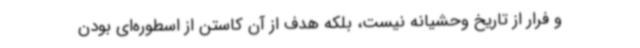
و فرار از تاریخ وحشیانه نیست، بلکه هدف از آن کاستن از اسطوره‌ای بودن